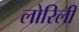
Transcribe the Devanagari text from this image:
लोरिली